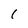
Character: l